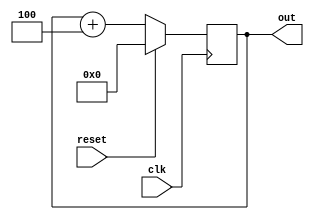
module counterrr(clk,out,reset    );
input clk;
output reg [31:0] out;
input reset;
always @(posedge clk)
begin 
if(reset)
out=32'd0;
else
out<=out+32'd4;
end
endmodule